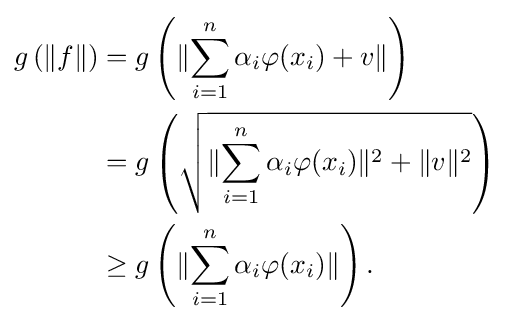
{\begin{aligned}g\left(\lVert f\rVert \right)&=g\left(\lVert \sum _{i=1}^{n}\alpha _{i}\varphi (x_{i})+v\rVert \right)\\&=g\left({\sqrt {\lVert \sum _{i=1}^{n}\alpha _{i}\varphi (x_{i})\rVert ^{2}+\lVert v\rVert ^{2}}}\right)\\&\geq g\left(\lVert \sum _{i=1}^{n}\alpha _{i}\varphi (x_{i})\rVert \right).\end{aligned}}